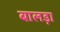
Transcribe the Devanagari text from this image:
बालड़ा